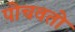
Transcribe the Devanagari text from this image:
पोचवतो